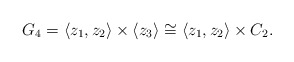
\begin{align*} G_4=\langle z_1,z_2\rangle \times \langle z_3\rangle\cong \langle z_1,z_2\rangle\times C_2. \end{align*}